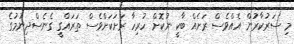
މި ސަރުކާރުން އެއްވެސް ރަށެއް ބާކީ ނުކޮށް ހުރިހާ ރަށަކަށްވެސް ތަރައްގީ ގެނެސްދިނުމުގެ